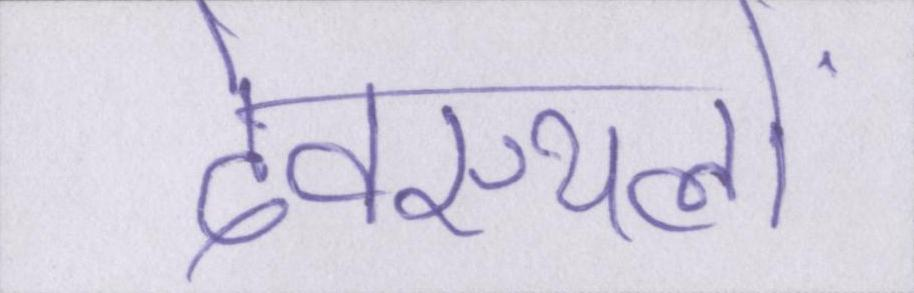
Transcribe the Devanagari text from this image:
देवस्थलों